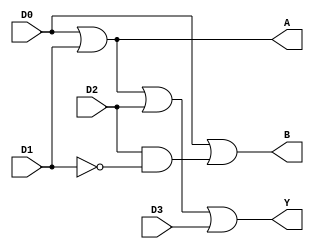
module prenc(
    input D0,
    input D1,
    input D2,
    input D3,
    output A,
    output B,
    output Y
    );
    assign Y=D0|D1|D2|D3;
    assign A=D0|D1;
    assign B=D0|(D2&~D1);
endmodule